Annual report of the Punjab Veterinary College and of the Civil Veterinary Department, Punjab - 1926-1932
Year: 1926
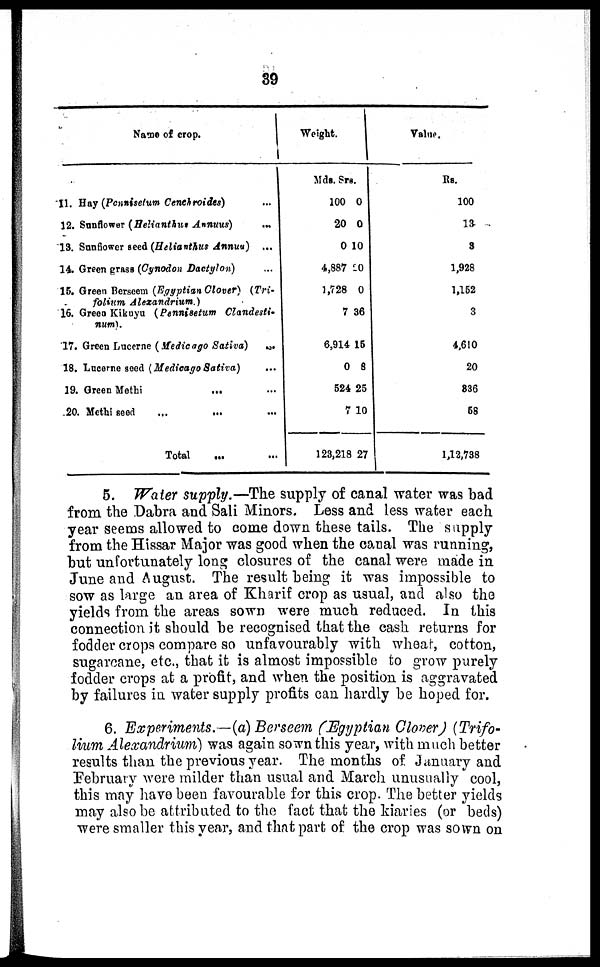
39
Name of crop.
11. Hay (Pennisetum Cenehroides)...
12. Sunflower (Helianthus Annuus)
...
13. Sunfiower seed (Helianthus Annuu) ...
14. Green grass (Cynodon Dactylon) ...
15. Green Berseem (Egyptian Clover)
(Tri-
folium
Alexandrium.)
16. Green Kikuyu (Pennisetum
Clandesti-
num).
17. Green Lucerne (Medicago Sativa)
...
18. Lucerne seed (Medieago Sativa) ...
19. Green Methi ... ...
20. Methi seed ... ... ...
Total ... ...
Weight.
Mds.
100
20
0
4,887
1,728
7
6,914
0
524
7
123,218
Srs.
0
0
10
20
0
36
15
8
25
10
27
Value.
Rs.
100
13
3
1,928
1,152
3
4,610
20
836
58
1,12,738
5. Water supply.—The supply of canal water was bad
from the Dabra and Sali Minors. Less and less water each
year seems allowed to come down these tails. The supply
from the Hissar Major was good when the canal was running,
but unfortunately long closures of the canal were made in
June and August. The result being it was impossible to
sow as large an area of Kharif crop as usual, and also the
yields from the areas sown were much reduced. In this
connection it should be recognised that the cash returns for
fodder crops compare so unfavourably with wheat, cotton,
sugarcane, etc., that it is almost impossible to grow purely
fodder crops at a profit, and when the position is aggravated
by failures in water supply profits can hardly be hoped for.
6. Experiments.—(a) Berseem (Egyptian Clover) (Trifo-
lium Alexandrium) was again sown this year, with much better
results than the previous year. The months of. January and
February were milder than usual and March unusually cool,
this may have been favourable for this crop. The better yields
may also be attributed to the fact that the kiaries (or beds)
were smaller this year, and that part of the crop was sown on